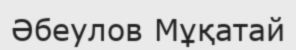
Әбеулов Мұқатай